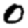
Digit: 0